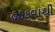
હડકવાથી